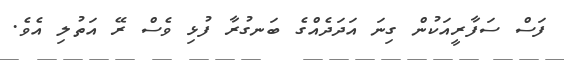
ފަސް ސަފާރީއަކުން ގިނަ އަދަދެއްގެ ބަނގުރާ ފުޅި ވެސް ރޭ އަތުލި އެވެ.